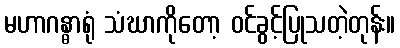
မဟာဂန္ဓာရုံ သံဃာကိုတော့ ဝင်ခွင့်ပြုသတဲ့တုန်း။